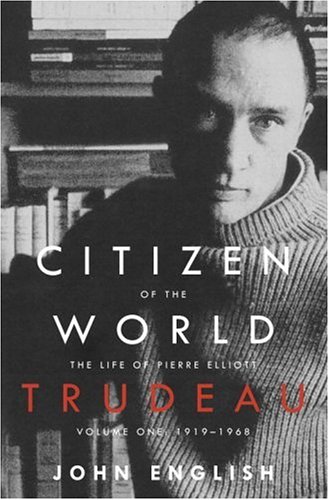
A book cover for Citizen of the World: The Life of Pierre Elliott Trudeau, Volume One: 1919-1968; John English; Biographies & Memoirs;